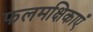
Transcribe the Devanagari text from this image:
फलमक्षिकाएँ